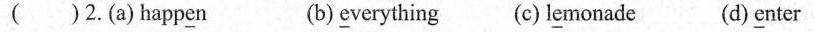
()2.(a)happ\underline{e}n (b)\underline{e}verything (c)l\underline{e}monade (d)\underline{e}nter